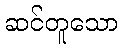
ဆင်တူသော